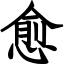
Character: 愈